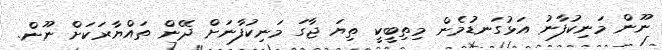
ނޫން މަނިކުފާނު އަޅުގަނޑުމެން މިތިބީކީ ތިޔަ ޖާގަ މަނިކުފާނަށް ދޭން ތައްޔާރަކަށް ނޫން.